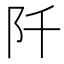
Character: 阡